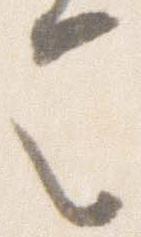
令